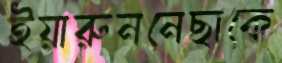
ইয়ারুননেছাকে